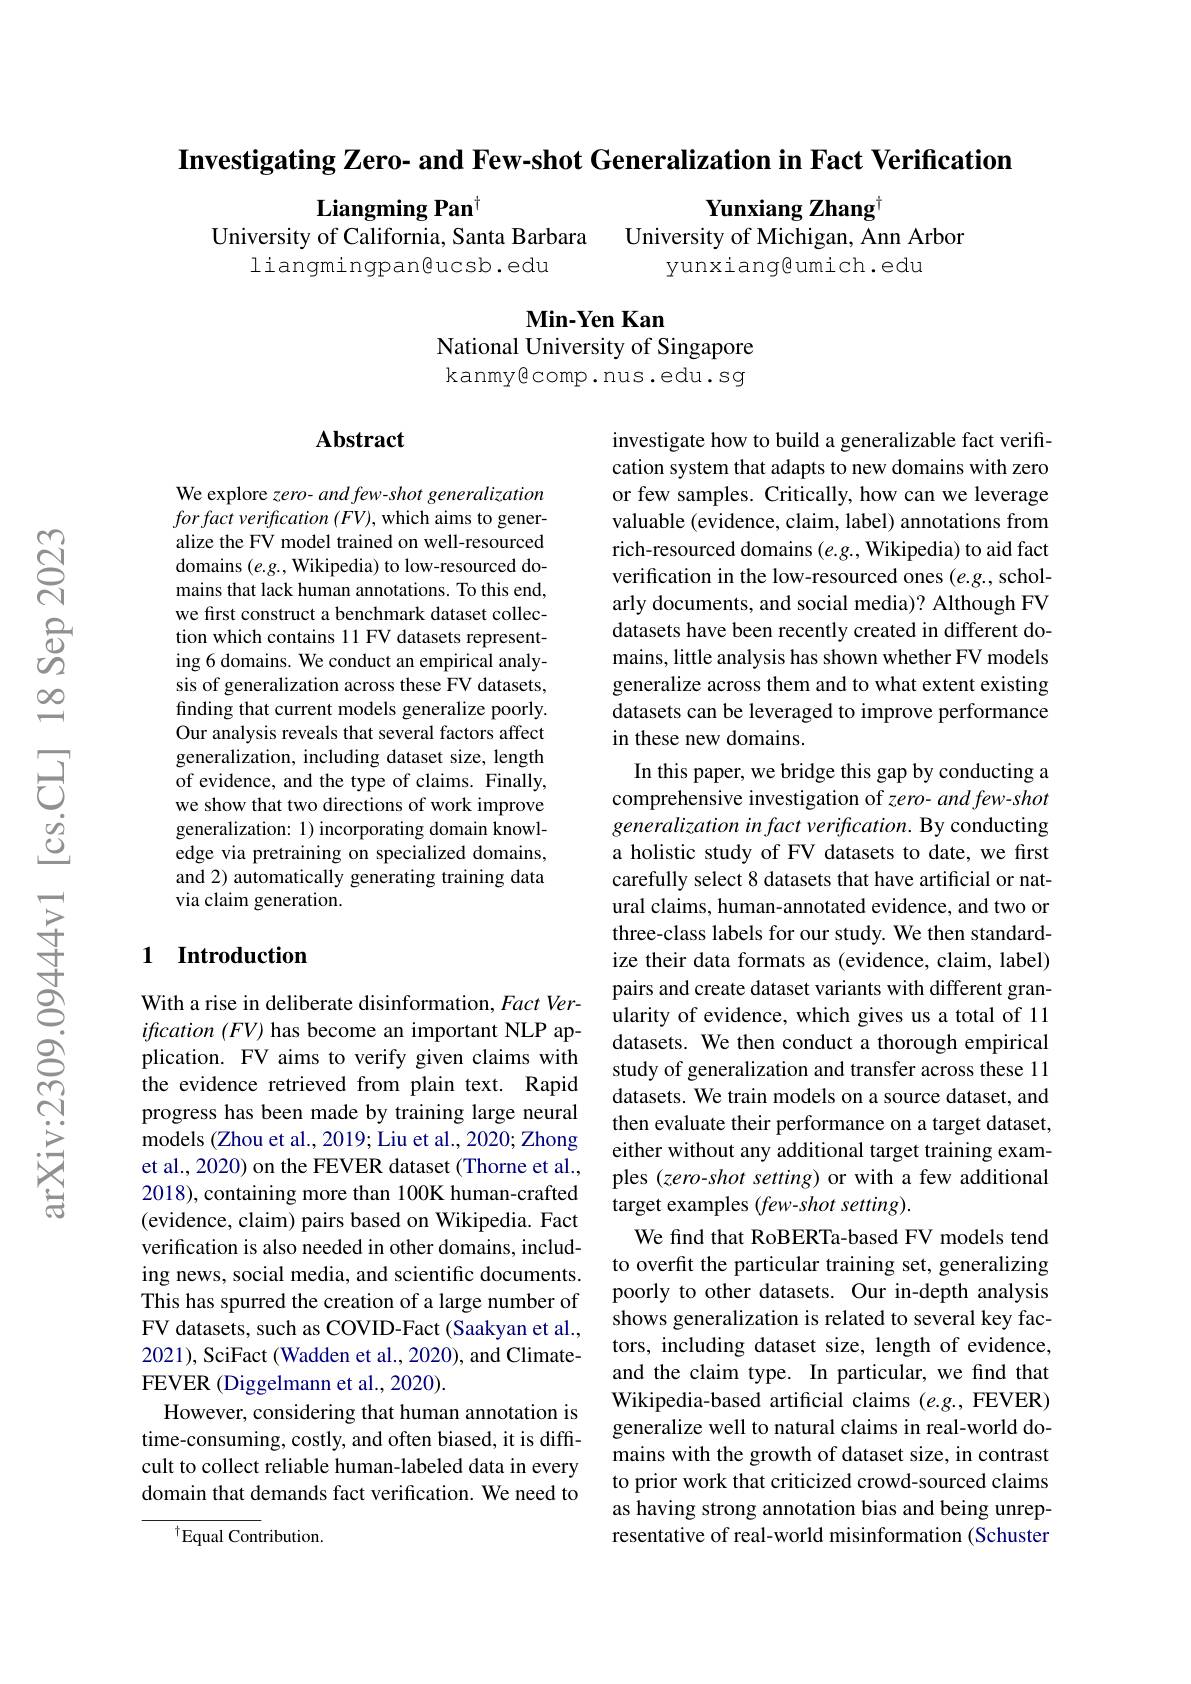
$\textbf{Investigating Zero- and Few- shot Generalization in Fact Verification}$

Yunxiang Zhang$^{\dagger}$
University of Michigan, Ann Arbor
yunxiang@umich.edu

Liangming Pan$^{\dagger}$
University of California, Santa Barbara
liangmingpan@ucsb.edu

$\mathbf{Min-YenKan}$

National University of Singapore kanmy$\textcircled{\mathrm{comp.nus.edu.sg}}$

## $\mathbf{Abstract}$

We explore zero- and few- shot generalization for fact verification $(FV)$, which aims to generalize the FV model trained on well-resourced domains $(e.g.$, Wikipedia) to low-resourced domains that lack human annotations. To this end, we first construct a benchmark dataset collection which contains 11 FV datasets representing 6 domains. We conduct an empirical analysis of generalization across these FV datasets, finding that current models generalize poorly. Our analysis reveals that several factors affect generalization, including dataset size, length of evidence, and the type of claims. Finally, we show that two directions of work improve generalization: 1) incorporating domain knowledge via pretraining on specialized domains, and 2) automatically generating training data via claim generation.

## 1 Introduction

investigate how to build a generalizable fact verification system that adapts to new domains with zero or few samples. Critically, how can we leverage valuable (evidence, claim, label) annotations from rich-resourced domains $(e.g.$, Wikipedia) to aid fact verification in the low-resourced ones (e.g., scholarly documents, and social media)? Although FV datasets have been recently created in different domains, little analysis has shown whether FV models generalize across them and to what extent existing datasets can be leveraged to improve performance in these new domains.
In this paper, we bridge this gap by conducting a comprehensive investigation of zero- and few-shot generalization in fact verification. By conducting a holistic study of FV datasets to date, we first carefully select 8 datasets that have artificial or natural claims, human-annotated evidence, and two or three-class labels for our study. We then standardize their data formats as (evidence, claim, label) pairs and create dataset variants with different granularity of evidence, which gives us a total of 11 datasets. We then conduct a thorough empirical study of generalization and transfer across these 11 datasets. We train models on a source dataset, and then evaluate their performance on a target dataset, either without any additional target training examples (zero-shot setting) or with a few additional target examples (few-shot setting).
We find that RoBERTa-based FV models tend to overfit the particular training set, generalizing poorly to other datasets. Our in-depth analysis shows generalization is related to several key factors, including dataset size, length of evidence, and the claim type. In particular, we find that Wikipedia-based artificial claims $(e.g.$, FEVER) generalize well to natural claims in real-world domains with the growth of dataset size, in contrast to prior work that criticized crowd-sourced claims as having strong annotation bias and being unrepresentative of real-world misinformation (Schuster

With a rise in deliberate disinformation, Fact Verification $(FV)$ has become an important NLP application. FV aims to verify given claims with the evidence retrieved from plain text. Rapid progress has been made by training large neural models (Zhou et al., 2019; Liu et al., 2020; Zhong et al., 2020) on the FEVER dataset (Thorne et al., 2018), containing more than 100K human-crafted (evidence, claim) pairs based on Wikipedia. Fact verification is also needed in other domains, including news, social media, and scientific documents. This has spurred the creation of a large number of FV datasets, such as COVID-Fact (Saakyan et al., 2021), SciFact (Wadden et al., 2020), and ClimateFEVER (Diggelmann et al., 2020).
However, considering that human annotation is time-consuming, costly, and often biased, it is difficult to collect reliable human-labeled data in every domain that demands fact verification. We need to

$^{\dagger}$Equal Contribution.